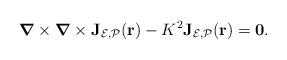
LaTeX: \begin{align*}\mbox{\boldmath${\nabla}$}\times\mbox{\boldmath${\nabla}$}\times \mathbf{J}_{\mathcal{E},\mathcal{P}}(\mathbf{r})-K^{2}\mathbf{J}_{\mathcal{E},\mathcal{P}}(\mathbf{r})=\mathbf{0} .\end{align*}